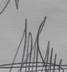
Signature authenticity: genuine